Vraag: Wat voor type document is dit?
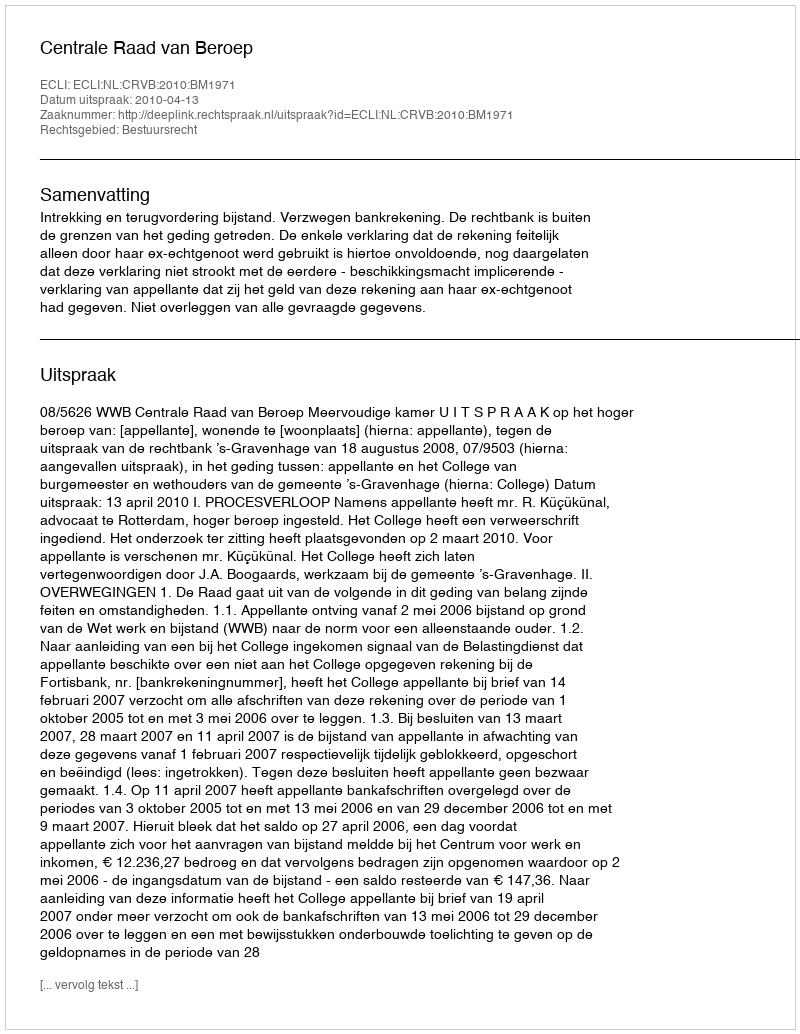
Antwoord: Uitspraak